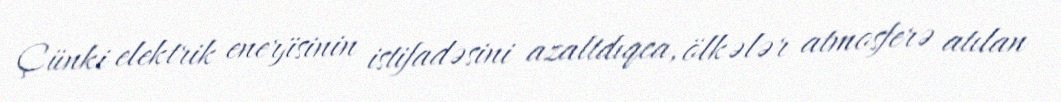
Çünki elektrik enerjisinin istifadəsini azaltdıqca, ölkələr atmosferə atılan